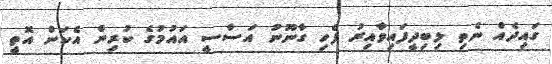
ގައިދެއް ނެތި ލިބިދީފައިވާއިރު ފެހި ގާނޫނު އަސާސީ އައުމުގެ ކުރިން އެކަން އޮތީ